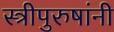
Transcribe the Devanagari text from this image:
स्त्रीपुरुषांनी